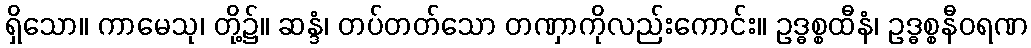
ရှိသော။ ကာမေသု၊ တို့၌။ ဆန္ဒံ၊ တပ်တတ်သော တဏှာကိုလည်းကောင်း။ ဥဒ္ဓစ္စထီနံ၊ ဥဒ္ဓစ္စနီဝရဏ